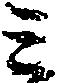
ミ